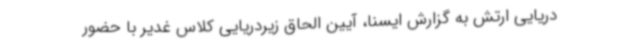
دریایی ارتش به گزارش ایسنا، آیین الحاق زیردریایی کلاس غدیر با حضور